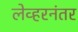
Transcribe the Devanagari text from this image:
लेव्हरनंतर